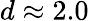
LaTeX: d\approx 2.0